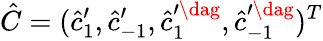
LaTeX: \hat{C}=(\hat{c}_{1}^{\prime},\hat{c}_{-1}^{\prime},\hat{c}_{1}^{\prime\dag},\hat{c}_{-1}^{\prime\dag})^{T}